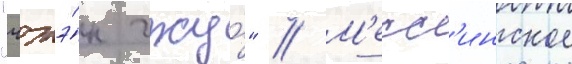
"чжэ́н чжу́" // М'есс'инское